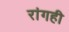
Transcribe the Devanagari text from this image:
रांगही